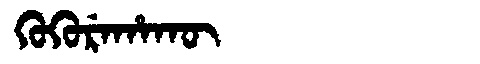
Manchu: ᡴᡠᡴᡠᡵᡝᡥᠠᡴᡡ
Romanization: KUKUREHAKŪ